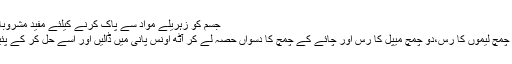
جسم کو زہریلے مواد سے پاک کرنے کیلئے مفید مشروبات
دو چمچ لیموں کا رس،دو چمچ میپل کا رس اور چائے کے چمچ کا دسواں حصہ لے کر آٹھ اونس پانی میں ڈالیں اور اسے حل کر کے پئیں۔